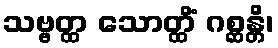
သဗ္ဗတ္ထ သောတ္ထိံ ဂစ္ဆန္တိ၊